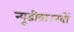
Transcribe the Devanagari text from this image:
न्यूडीब्राउखों